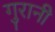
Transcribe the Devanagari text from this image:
गुरानी